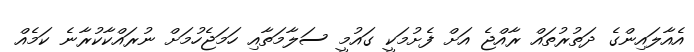
އެއާލައިންގެ ދަތުރުތައް ރާއްޖެ އަށް ފެށުމަކީ ގައުމީ ސަލާމަތާއި ހަމަޖެހުމަށް ނުރައްކާކުރާނެ ކަމެއް